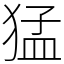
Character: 猛